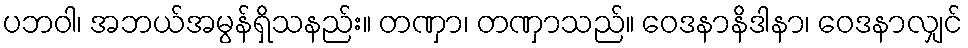
ပဘဝါ၊ အဘယ်အမွန်ရှိသနည်း။ တဏှာ၊ တဏှာသည်။ ဝေဒနာနိဒါနာ၊ ဝေဒနာလျှင်